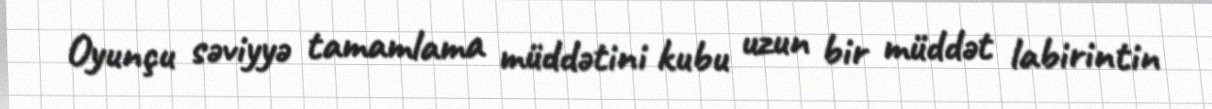
Oyunçu səviyyə tamamlama müddətini kubu uzun bir müddət labirintin